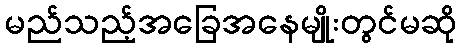
မည်သည့်အခြေအနေမျိုးတွင်မဆို